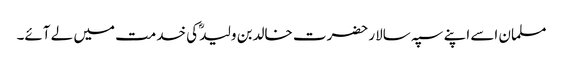
مسلمان اسے اپنے سپہ سالار حضرت خالدبن ولیدؓ کی خدمت میں لے آئے۔